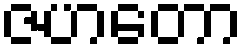
ဇဟတော